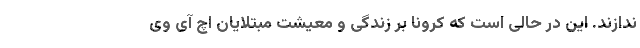
ندازند. این در حالی است که کرونا بر زندگی و معیشت مبتلایان اچ آی وی